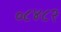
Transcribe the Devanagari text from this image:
०८४८२